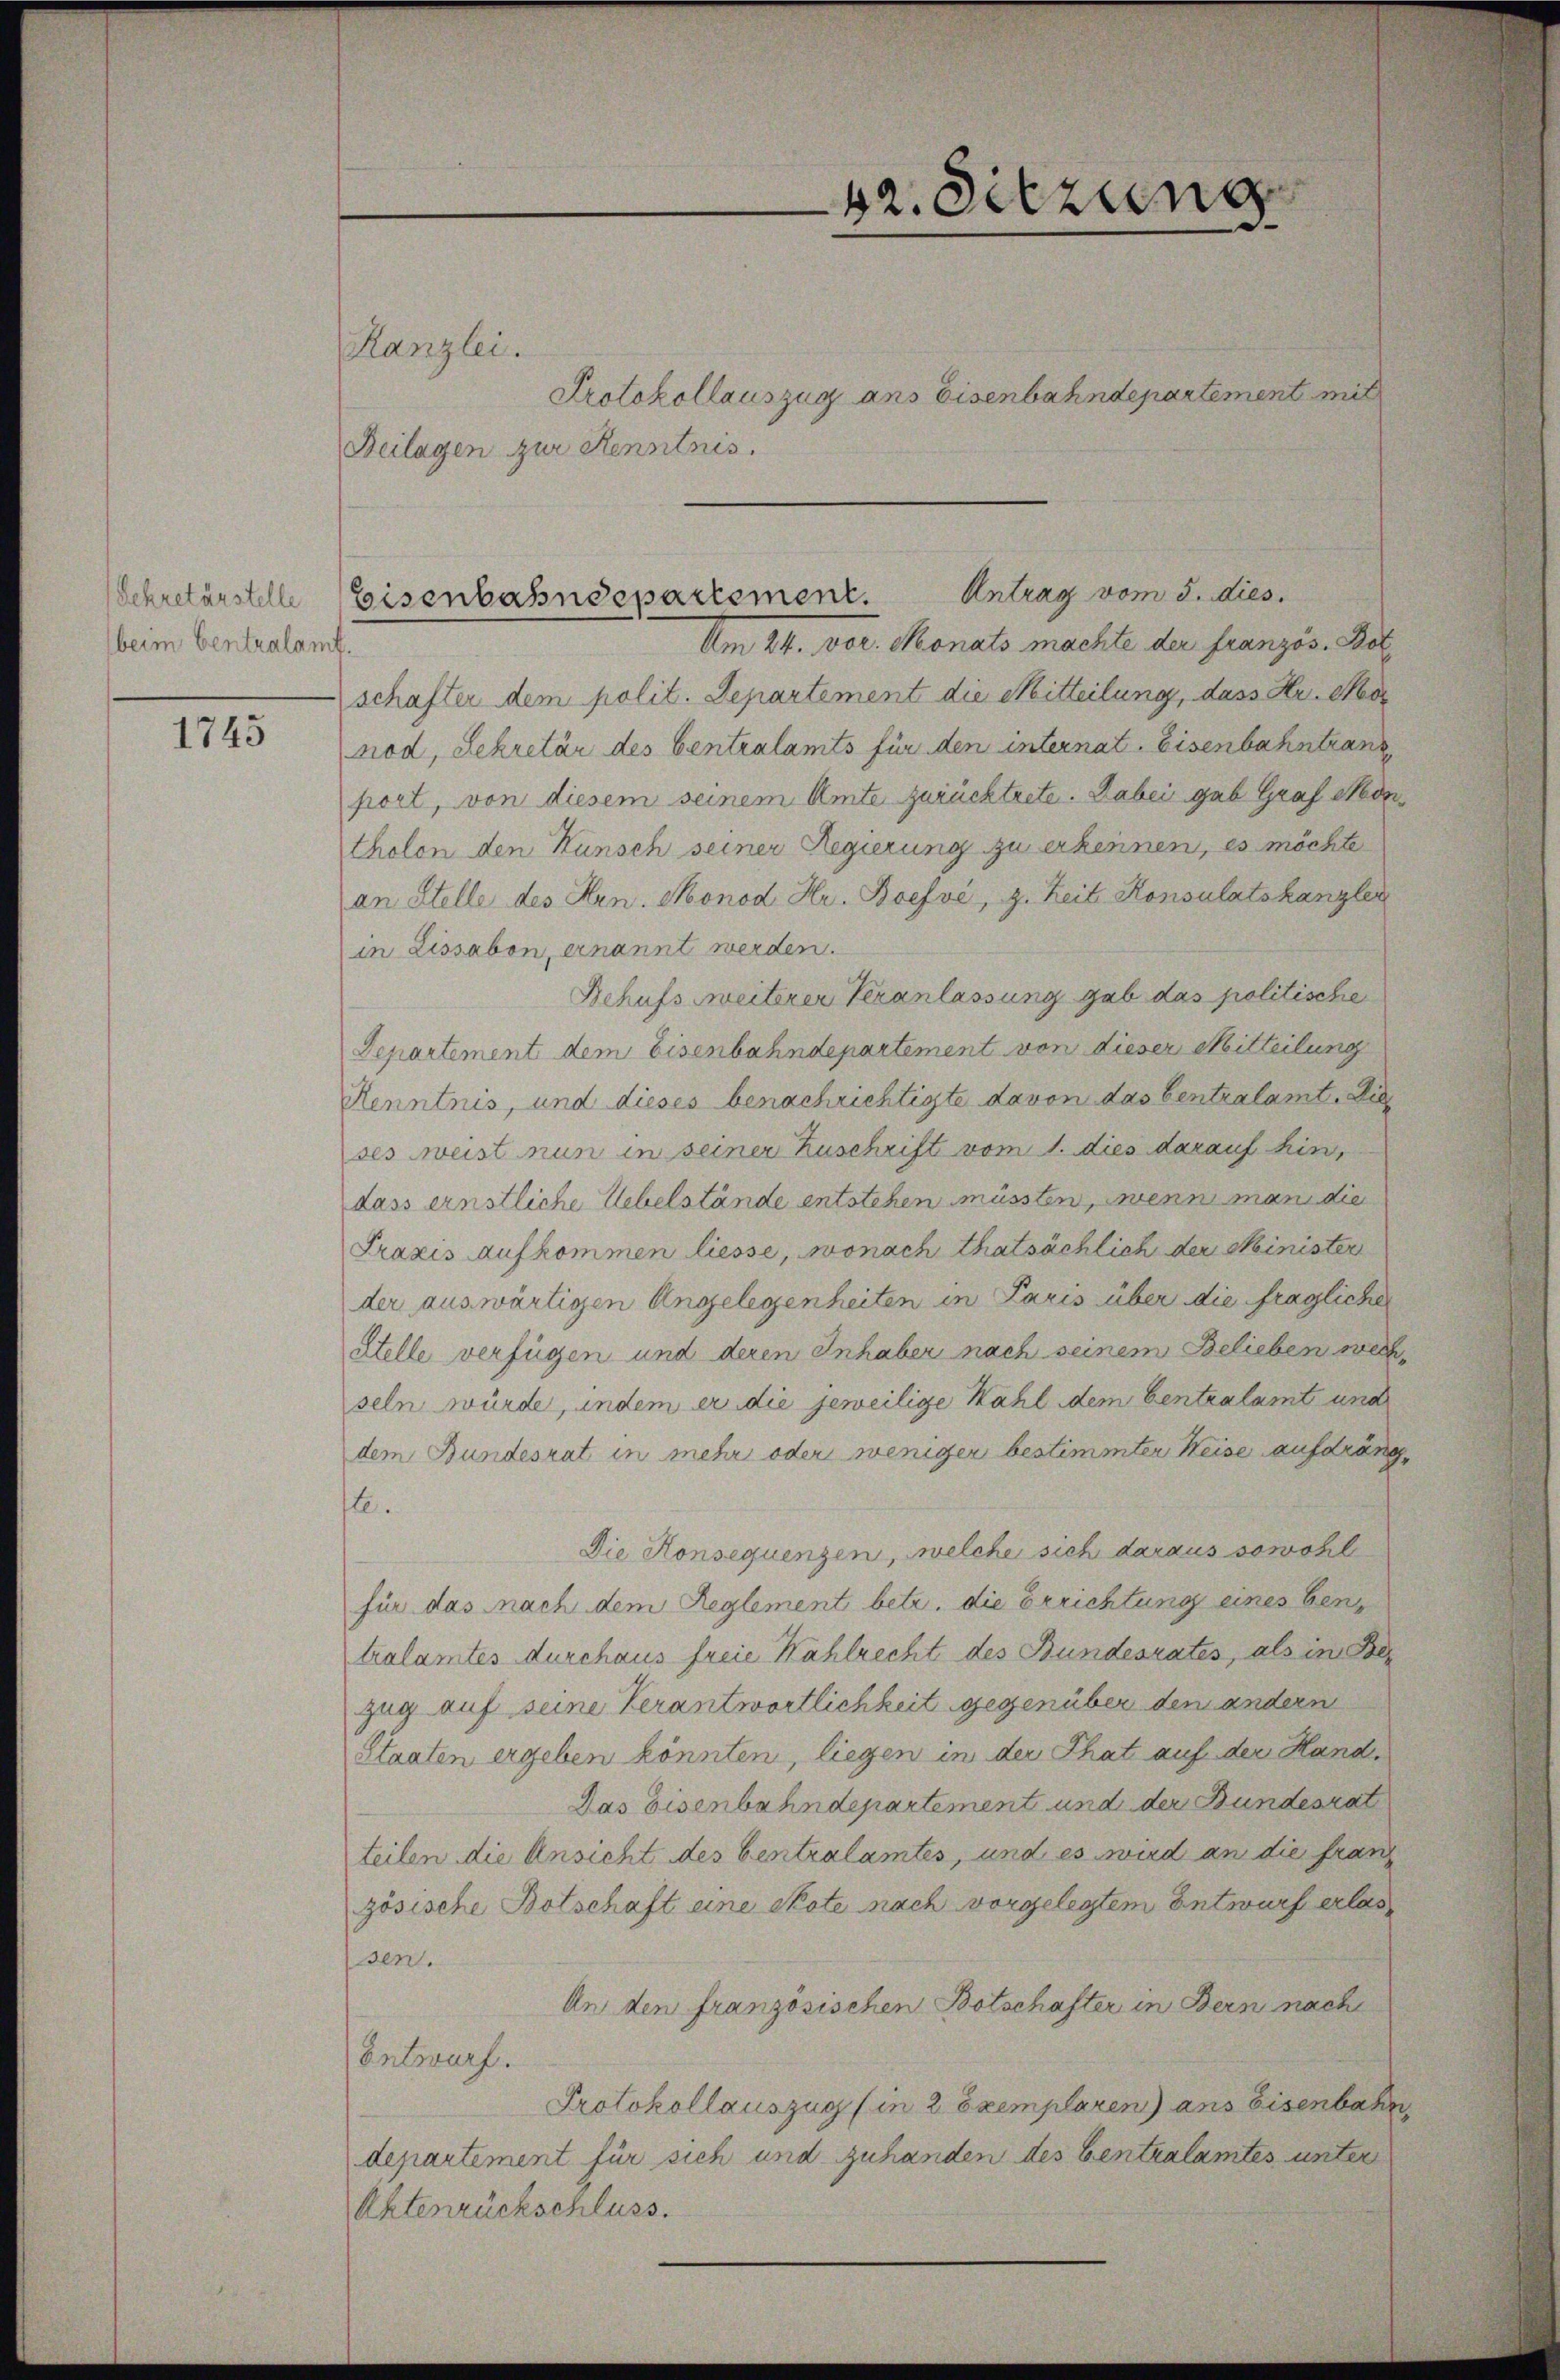
Sekretärstelle
beim Centralamt

1743

Kanzlei.

Protokollauszug ans Eisenbahndepartement mit
Beilagen zur Kenntnis.

Am 24. vor. Monats machte der französ. Bot
schafter dem polit. Departement die Mitteilung, dass Kr. Mor
nod, Sekretär des Centralamts für den internat. Eisenbahntran
port, von diesem seinem Amte zurücktrete. Dabei gab Graf Montholen den Kunsch seiner Regierung zu erkennen, es möchte
an Stelle des Hrn. Monod Hr. Boefvé, z. Zeit Konsulatskanzler
in Lissabon, ernannt werden.
Behufs weiterer Veranlassung gab das politische
Departement dem Eisenbahndepartement von dieser Mitteilung
Kenntnis, und dieses benachrichtigte davon das Centralamt. Die
ses weist nun in seiner Zuschrift vom 1. dies darauf hin,
dass ernstliche Uebelstände entstehen müssten, wenn man die
Fraxis aufkommen liesse, wonach thatsächlich der Minister
der auswärtigen Angelegenheiten in Paris über die fraglicher
Stelle verfügen und deren Inhaber nach seinem Belieben werseln würde, indem er die jeweilige Wahl dem Centralamt und
dem Bundesrat, in mehr oder weniger bestimmter Heise aufdräng
te.
Die Konsequenzen, welche sich daraus sowohl
für das nach dem Reglement betr. die Errichtung eines ben
tralamtes durchaus freie Wahlrecht des Bundesrates, als in Bezug auf seine Verantwortlichkeit gegenüber den andern
Staaten ergeben könnten, liegen in der That auf der Hand¬
Das Eisenbahndepartement und der Bundesrat
teilen die Ansicht des Centralamtes, und es wird an die franz
zösische Botschaft eine Skote nach vorgelegtem Entwurf erlas
sen.
An den französischen Botschafter in Bern nach
Entwurf.
Protokollauszug (in 2 Exemplaren) ans Eisenbahn
departement für sich und zuhanden des Centralamtes unter
Aktenrückschluss.

42. Sitzung

Eisenbahndepartement. Antrag vom 5. dies